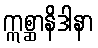
ဣစ္ဆာနိဒါနာ